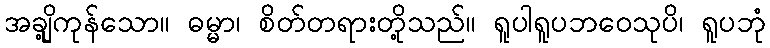
အချို့ကုန်သော။ ဓမ္မာ၊ စိတ်တရားတို့သည်။ ရူပါရူပဘဝေသုပိ၊ ရူပဘုံ